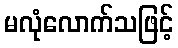
မလုံလောက်သဖြင့်